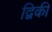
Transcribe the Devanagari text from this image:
द्विकी